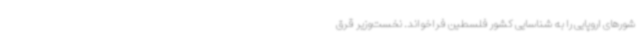
شورهای اروپایی را به شناسایی کشور فلسطین فراخواند. ‌نخست‌وزیر قرق